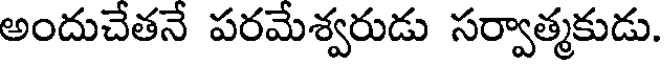
అందుచేతనే పరమేశ్వరుడు సర్వాత్మకుడు.